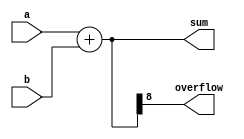
module ParametrizedAdder #(parameter N = 8) (
    input  wire [N-1:0] a,    // N-bit input a
    input  wire [N-1:0] b,    // N-bit input b
    output wire [N:0] sum,     // (N+1)-bit output sum
    output wire overflow        // Overflow indicator
);

// Behavioral description of the adder
assign sum = a + b;          // Perform addition
assign overflow = sum[N];    // Overflow occurs if the N-th bit of sum is set

endmodule